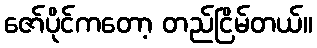
ဇော်ပိုင်ကတော့ တည်ငြိမ်တယ်။